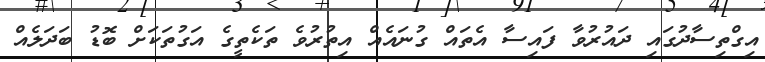
އިގްތިސާދުގައި ދައުރުވާ ފައިސާ އެތައް ގުނައެއް އިތުރުވެ ތަކެތީގެ އަގުތަކަށް ބޮޑު ބަދަލެއް